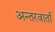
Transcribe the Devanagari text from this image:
अन्तरवार्ता